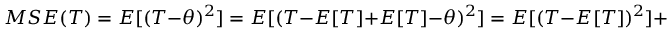
M S E ( T ) = E [ ( T - \theta ) ^ { 2 } ] = E [ ( T - E [ T ] + E [ T ] - \theta ) ^ { 2 } ] = E [ ( T - E [ T ] ) ^ { 2 } ] + 2 E [ T - E [ T ] ] ( E [ T ] - \theta ) + ( E [ T ] - \theta ) ) ^ { 2 } = V a r ( T ) + ( E [ T ] - \theta ) ^ { 2 }